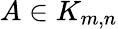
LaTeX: A\in K_{m,n}